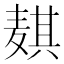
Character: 𬹊